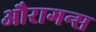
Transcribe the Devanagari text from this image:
औरागन्स